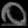
Digit: ၀